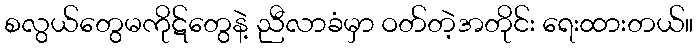
စလွယ်တွေမကိုဋ်တွေနဲ့ ညီလာခံမှာ ဝတ်တဲ့အတိုင်း ရေးထားတယ်။